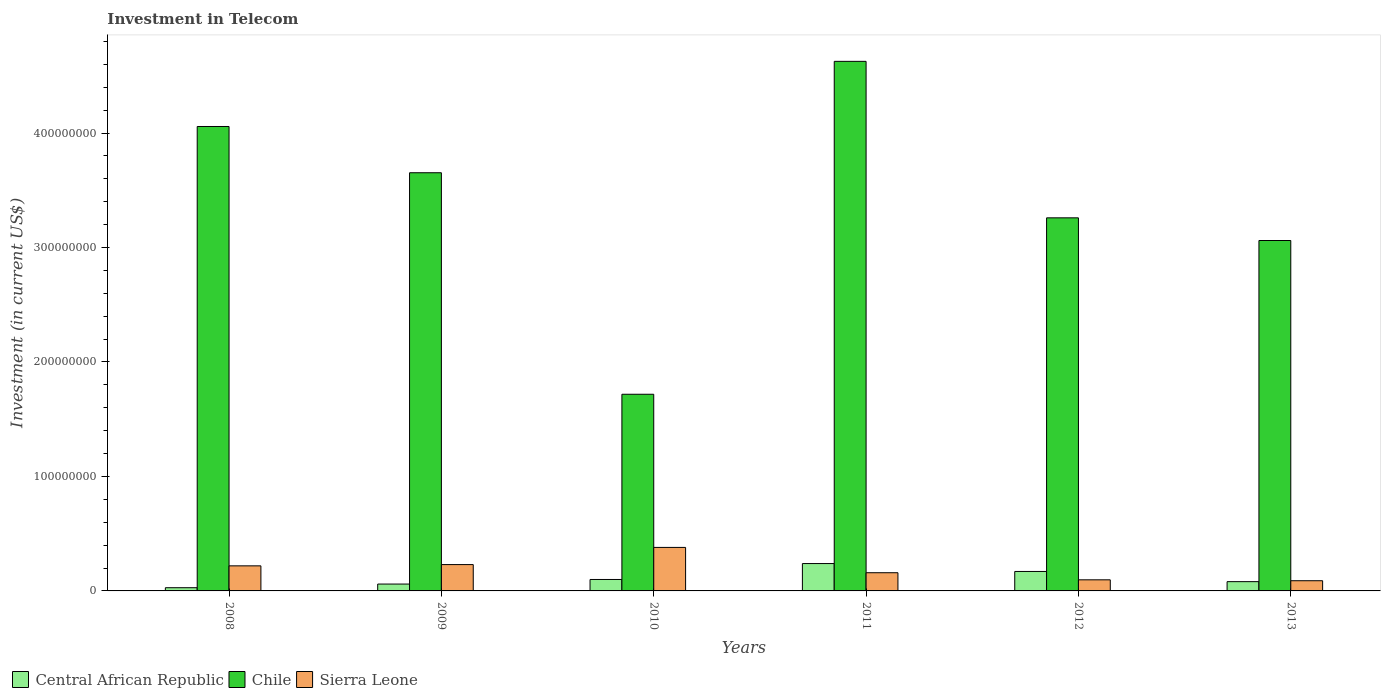
| Years | Central African Republic | Chile | Sierra Leone |
 | --- | --- | --- | --- |
 | 2008 | 2.8e+06 | 4.06e+08 | 2.19e+07 |
 | 2009 | 6e+06 | 3.65e+08 | 2.3e+07 |
 | 2010 | 1e+07 | 1.72e+08 | 3.8e+07 |
 | 2011 | 2.39e+07 | 4.63e+08 | 1.59e+07 |
 | 2012 | 1.7e+07 | 3.26e+08 | 9.7e+06 |
 | 2013 | 8.1e+06 | 3.06e+08 | 8.9e+06 |